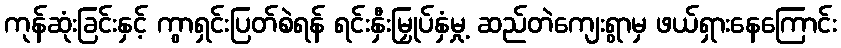
ကုန်ဆုံးခြင်းနှင့် ကွာရှင်းပြတ်စဲရန် ရင်းနှီးမြှုပ်နှံမှု့ ဆည်တဲကျေးရွာမှ ဖယ်ရှားနေကြောင်း